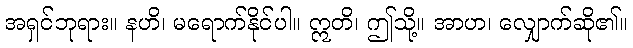
အရှင်ဘုရား။ နဟိ၊ မရောက်နိုင်ပါ။ ဣတိ၊ ဤသို့။ အာဟ၊ လျှောက်ဆို၏။